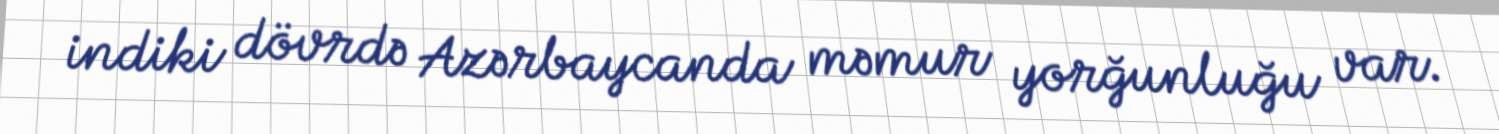
indiki dövrdə Azərbaycanda məmur yorğunluğu var.